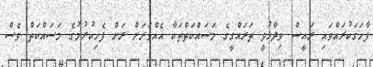
ފާހަގަކުރައްވައި ރައީސް ވިދާޅުވީ ތަރައްގީގެ މަސައްކަތްތަކާ އެއްވަރަށް ރަށް ފެހިކުރުމުގެ މަސައްކަތް ވެސް